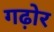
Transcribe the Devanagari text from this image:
गढ़ोर